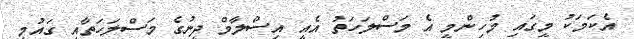
އެކަމަކު މީގައި މުހިންމީ އެ މަސްލަހަތު އެއީ އިސްލާމް ދީނުގެ މަސްލަހަތާއި ގައުމީ